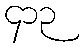
၄၁၃